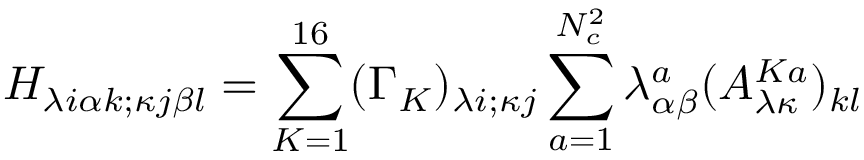
{ \cal H } _ { \lambda i \alpha k ; \kappa j \beta l } = \sum _ { K = 1 } ^ { 1 6 } ( \Gamma _ { K } ) _ { \lambda i ; \kappa j } \sum _ { a = 1 } ^ { N _ { c } ^ { 2 } } \lambda _ { \alpha \beta } ^ { a } ( A _ { \lambda \kappa } ^ { K a } ) _ { k l }